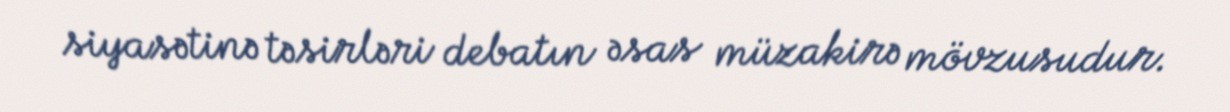
siyasətinə təsirləri debatın əsas müzakirə mövzusudur.